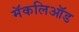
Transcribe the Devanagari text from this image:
मॅकलिऑड